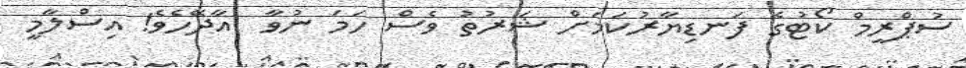
ސުޕްރީމް ކޯޓުގެ ފަނޑިޔާރުކަމަށް ޝަރުތު ވެސް ހަމަ ނުވާ  އާދޭހެވެ! އިސްލާމީ